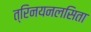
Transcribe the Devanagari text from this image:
त्रिनयनलसिता